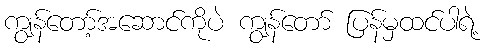
ကျွန်တော့်အဆောင်ကိုပဲ ကျွန်တော် ပြန်မှထင်ပါရဲ့